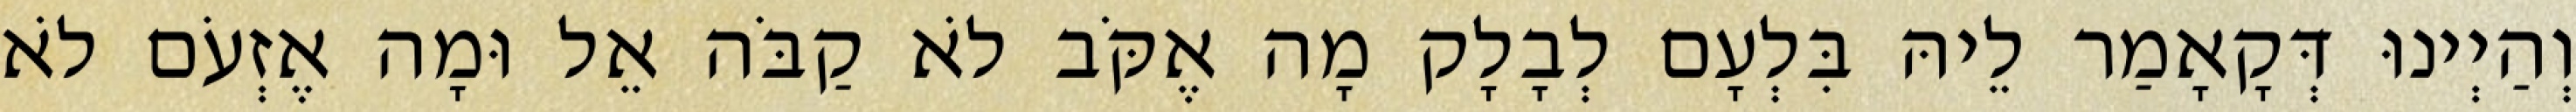
וְהַיְינוּ דְּקָאָמַר לֵיהּ בִּלְעָם לְבָלָק מָה אֶקֹּב לֹא קַבֹּה אֵל וּמָה אֶזְעֹם לֹא